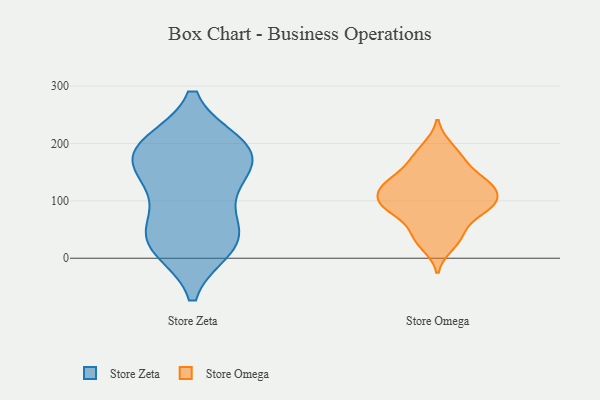
{"axis": {"x": "Gross Profit (USD K)", "y": "Value"}, "legend": ["Store Omega", "Store Zeta"], "data": [{"x": "", "y": 19, "type": "Store Zeta"}, {"x": "", "y": 51, "type": "Store Zeta"}, {"x": "", "y": 188, "type": "Store Zeta"}, {"x": "", "y": 112, "type": "Store Zeta"}, {"x": "", "y": 49, "type": "Store Zeta"}, {"x": "", "y": 177, "type": "Store Zeta"}, {"x": "", "y": 28, "type": "Store Zeta"}, {"x": "", "y": 148, "type": "Store Zeta"}, {"x": "", "y": 190, "type": "Store Zeta"}, {"x": "", "y": 141, "type": "Store Zeta"}, {"x": "", "y": 198, "type": "Store Zeta"}, {"x": "", "y": 197, "type": "Store Zeta"}, {"x": "", "y": 23, "type": "Store Zeta"}, {"x": "", "y": 115, "type": "Store Omega"}, {"x": "", "y": 87, "type": "Store Omega"}, {"x": "", "y": 93, "type": "Store Omega"}, {"x": "", "y": 40, "type": "Store Omega"}, {"x": "", "y": 103, "type": "Store Omega"}, {"x": "", "y": 128, "type": "Store Omega"}, {"x": "", "y": 121, "type": "Store Omega"}, {"x": "", "y": 165, "type": "Store Omega"}, {"x": "", "y": 136, "type": "Store Omega"}, {"x": "", "y": 86, "type": "Store Omega"}, {"x": "", "y": 83, "type": "Store Omega"}, {"x": "", "y": 196, "type": "Store Omega"}, {"x": "", "y": 20, "type": "Store Omega"}, {"x": "", "y": 50, "type": "Store Omega"}, {"x": "", "y": 170, "type": "Store Omega"}, {"x": "", "y": 133, "type": "Store Omega"}]}